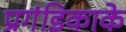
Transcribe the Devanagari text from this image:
प्रगंडिकाके